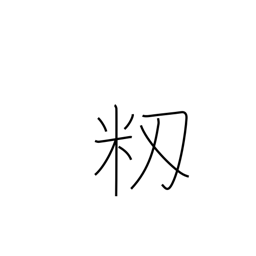
Meaning: unhulled rice